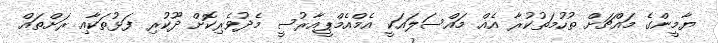
ޔާމީންގެ މައްޗަށް ތުހުމަތުކުރާ އެއް މައްސަލައަކީ އެމްއެމްޕީއާރުސީ މެދުވެރިކޮށް ދޫކުރި ފަޅުތަކާއި ރަށްތައް